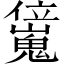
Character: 𠑖